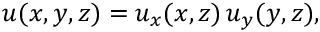
u ( x , y , z ) = u _ { x } ( x , z ) \, u _ { y } ( y , z ) ,